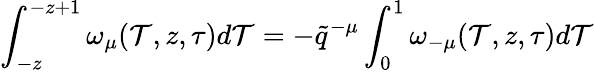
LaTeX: \int_{-z}^{-z+1}\omega_{\mu}(\mathcal{T},z,\tau)d\mathcal{T}=-\tilde{{q}}^{-\mu}\int_{0}^{1}\omega_{-\mu}(\mathcal{T},z,\tau)d\mathcal{T}